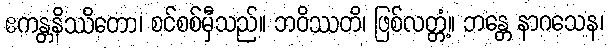
ဧကန္တနိဿိတော၊ စင်စစ်မှီသည်။ ဘဝိဿတိ၊ ဖြစ်လတ္တံ့။ ဘန္တေ နာဂသေန၊